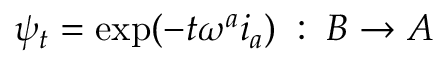
\psi _ { t } = \mathrm { e x p } ( - t \omega ^ { a } i _ { a } ) \; : \; B \rightarrow A